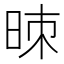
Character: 𰖁